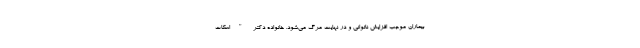
بیماران موجب افزایش ناتوانی و در نهایت مرگ می‌شود. خانواده دکتر "اسکات